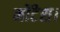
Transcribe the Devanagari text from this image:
मोंटेस।